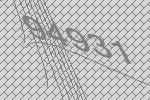
94931